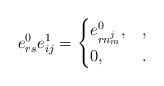
LaTeX: \begin{align*} e_{rs}^0e_{ij}^1 = \begin{cases} e_{rn_m^j}^0, &,\\ 0, &. \end{cases}\end{align*}